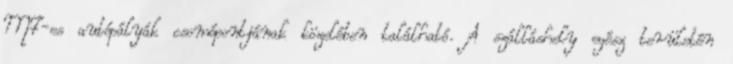
M7-es autópályák csomópontjának közelében található. A szálláshely egész területén